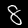
Label: 8